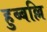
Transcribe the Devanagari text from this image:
हुब्बल्लि